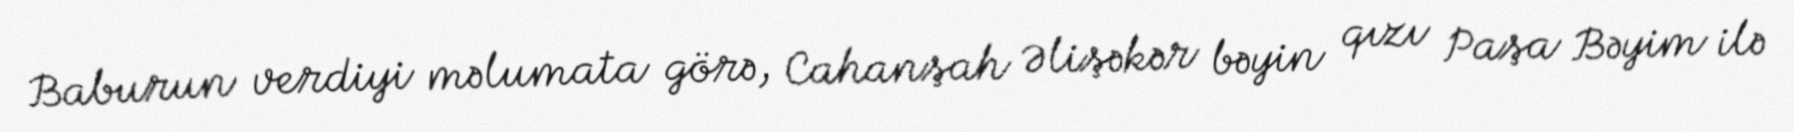
Baburun verdiyi məlumata görə, Cahanşah Əlişəkər bəyin qızı Paşa Bəyim ilə